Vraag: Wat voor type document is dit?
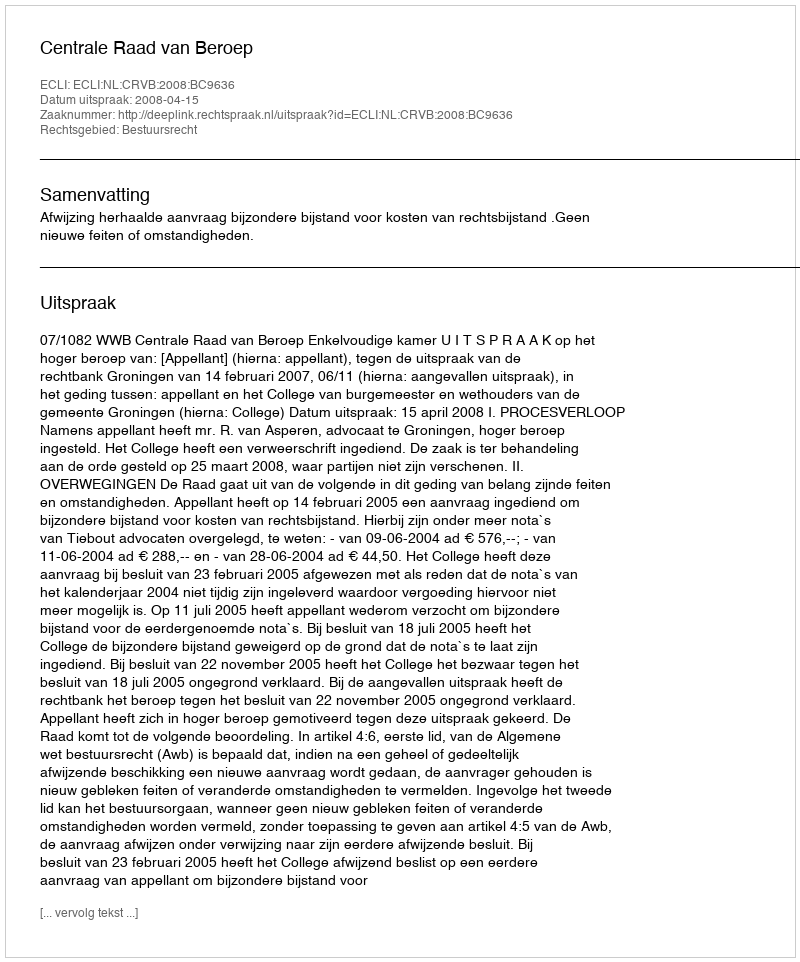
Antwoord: Uitspraak